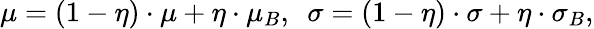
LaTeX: \begin{array}{r}{\mu=(1-\eta)\cdot\mu+\eta\cdot\mu_{B},~~\sigma=(1-\eta)\cdot\sigma+\eta\cdot\sigma_{B},}\end{array}